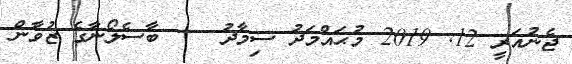
ޖެނުއަރީ 12